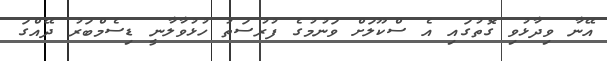
އޭނާ ވިދާޅުވި ގޮތުގައި އެ ސްކޫލަށް ވަނުމުގެ ފުރުސަތު ހުޅުވާލާނީ ޑިސެމްބަރު ދޭއްގަ